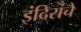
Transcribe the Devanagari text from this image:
इंदिरांचे